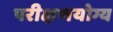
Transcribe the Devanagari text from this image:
परीक्षणयोग्य